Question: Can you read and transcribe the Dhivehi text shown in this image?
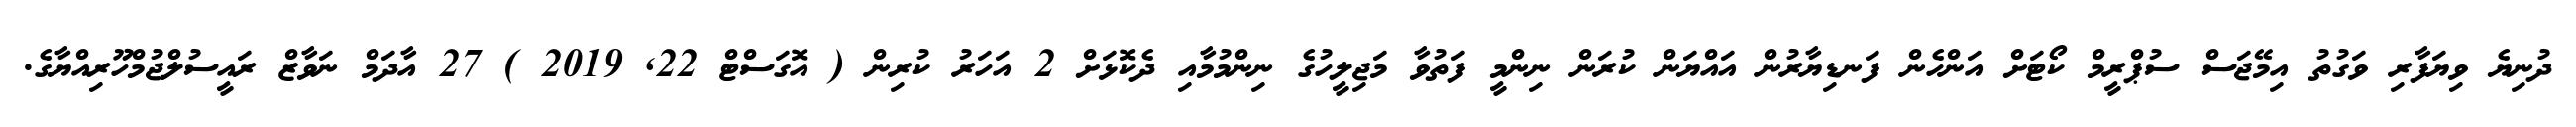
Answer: ދުނިޔެ ވިޔަފާރި ވަގުތު އިމޭޖަސް ސުޕްރީމް ކޯޓަށް އަންހެން ފަނޑިޔާރުން އައްޔަން ކުރަން ނިންމީ ފަތުވާ މަޖިލީހުގެ ނިންމުމާއި ދެކޮޅަށް 2 އަހަރު ކުރިން ( އޮގަސްޓް 22, 2019 ) 27 އާދަމް ނަވާޒް ރައީސުލްޖުމްހޫރިއްޔާގެ.